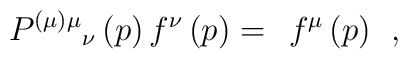
P^{(\mu )\mu }{}_\nu \left( p\right) f^\nu \left( p\right)=\;\,f^\mu \left( p\right) \;\,,